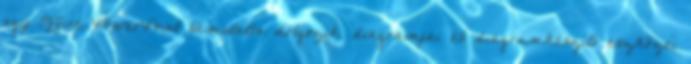
egy Office PowerPoint bemutatón dolgozik, diagramjai és diagramkészítő eszközei